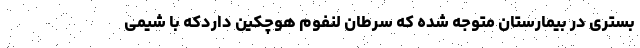
بستری در بیمارستان متوجه شده که سرطان لنفوم هوچکین داردکه با شیمی